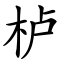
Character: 栌